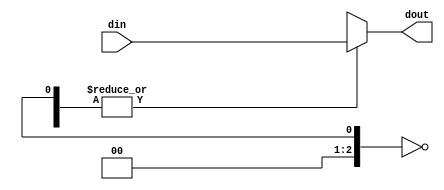
// Copyright 2010 Altera Corporation. All rights reserved.  
// Altera products are protected under numerous U.S. and foreign patents, 
// maskwork rights, copyrights and other intellectual property laws.  
//
// This reference design file, and your use thereof, is subject to and governed
// by the terms and conditions of the applicable Altera Reference Design 
// License Agreement (either as signed by you or found at www.altera.com).  By
// using this reference design file, you indicate your acceptance of such terms
// and conditions between you and Altera Corporation.  In the event that you do
// not agree with such terms and conditions, you may not use the reference 
// design file and please promptly destroy any copies you have made.
//
// This reference design file is being provided on an "as-is" basis and as an 
// accommodation and therefore all warranties, representations or guarantees of 
// any kind (whether express, implied or statutory) including, without 
// limitation, warranties of merchantability, non-infringement, or fitness for
// a particular purpose, are specifically disclaimed.  By making this reference
// design file available, Altera expressly does not recommend, suggest or 
// require that this reference design file be used in combination with any 
// other product not provided by Altera.
/////////////////////////////////////////////////////////////////////////////

// baeckler 01-27-2010
// #delay the bus randomly by 0..7 increments of the delay parameter

`timescale 1 ps / 1 ps
module random_delay #(
	parameter D_INCREMENT = 100,
	parameter WIDTH = 8
)(
	input [WIDTH-1:0] din,
	output reg [WIDTH-1:0] dout
);
	
reg [2:0] delay_sel;
initial delay_sel = $random;

always @(*) begin
	case (delay_sel) 
		3'h0 : dout = din;
		3'h1 : dout = #D_INCREMENT din;
		3'h2 : dout = #(D_INCREMENT*2) din;
		3'h3 : dout = #(D_INCREMENT*3) din;
		3'h4 : dout = #(D_INCREMENT*4) din;
		3'h5 : dout = #(D_INCREMENT*5) din;
		3'h6 : dout = #(D_INCREMENT*6) din;
		3'h7 : dout = #(D_INCREMENT*7) din;		
	endcase
end
endmodule